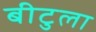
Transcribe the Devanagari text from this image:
बीटुला